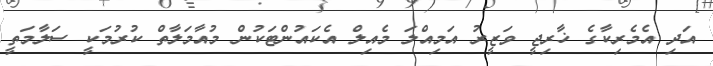
އަދި އެމެރިކާގެ ޚާރިޖީ ވަޒީރު އަމިއްލަ މެއިލް އެކައުންޓަކުން މުއާމަލާތް ކުރުމަކީ ސަލާމަތީ